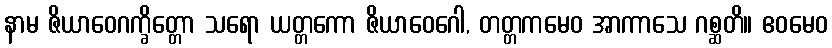
နာမ ဇိယာဝေဂက္ခိတ္တော သရော ယတ္တကော ဇိယာဝေဂေါ, တတ္တကမေဝ အာကာသေ ဂစ္ဆတိ။ ဧဝမေဝ